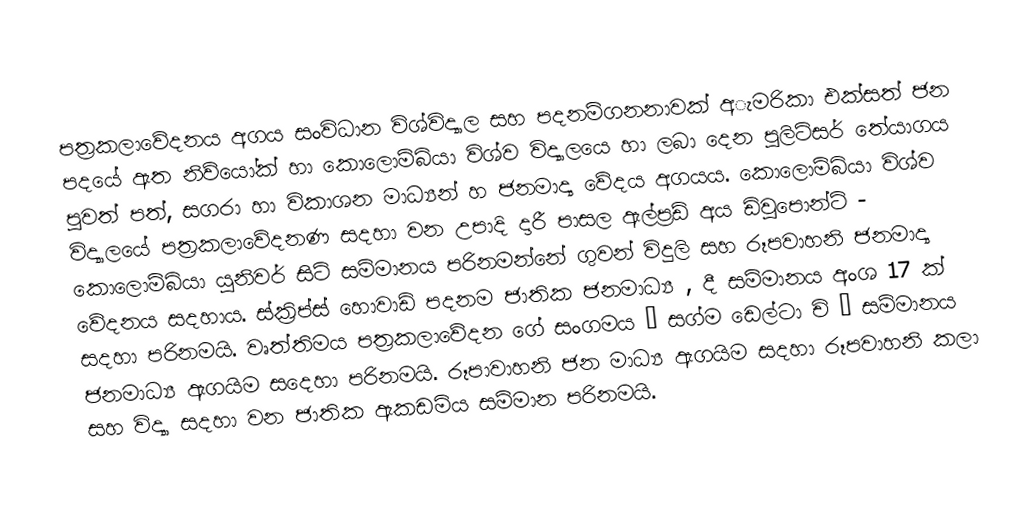
පත්‍රකලාවේදනය අගය සංවිධාන විශ්විද්‍යාල සහ පදනම්ගනනාවක් අැමරිකා එක්සත් ජන පදයේ ඇත නිව්යෝක් හා කොලොම්බියා විශ්ව විද්‍යාලයෙ හා ලබා දෙන පුලිට්සර් තේ‍යාගය පුවත් පත්, සගරා හා විකාශන මාධ්‍යන් හ ජනමාද්‍ය වේදය අගයය. කොලොම්බියා විශ්ව විද්‍යාලයේ පත්‍රකලාවේදනණ සදහා වන උපාදි දාරී පාසල ඇල්ප්‍රඩ් අය ඩිවුපොන්ට් - කොලොම්බියා යුනිවර් සිටි සම්මානය පරිනමන්නේ ගුවන් විදුලි සහ රූපවාහනි ජනමාද්‍ය වේදනය සදහාය. ස්ක්‍රිප්ස් හොවාඩ් පදනම ජාතික ජනමාධ්‍ය , දී සම්මානය අංශ 17 ක් සදහා පරිනමයි. වෘත්තිමය පත්‍රකලාවේදන ගේ සංගමය “ සග්ම ඩෙල්ටා චි ” සම්මානය ජනමාධ්‍ය ඇගයිම සදෙහා පරිනමයි. රූපාවාහනි ජන මාධ්‍ය ඇගයිම සදහා රූපවාහනි කලා සහ විද්‍යා සදහා වන ජාතික ඇකඩමිය සම්මාන පරිනමයි.